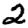
Digit: 2